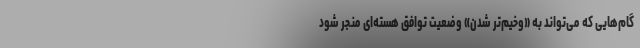
گام‌هایی که می‌تواند به «وخیم‌تر شدن» وضعیت توافق هسته‌ای منجر شود